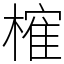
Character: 𣙜